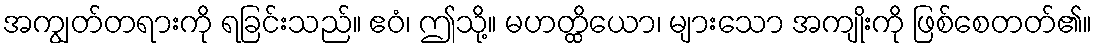
အကျွတ်တရားကို ရခြင်းသည်။ ဧဝံ၊ ဤသို့။ မဟတ္ထိယော၊ များသော အကျိုးကို ဖြစ်စေတတ်၏။